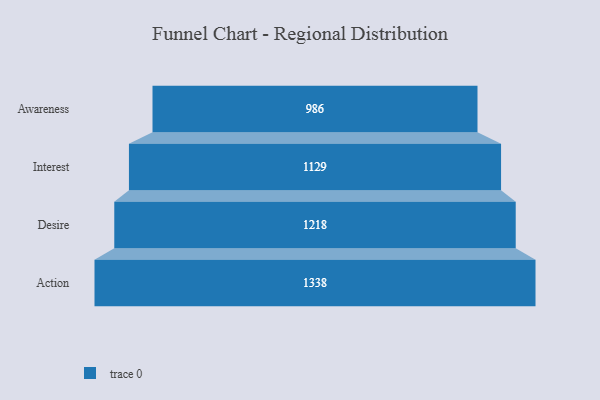
{"axis": {"x": "Stage", "y": "Value"}, "legend": [""], "data": [{"x": "Awareness", "y": 986.0, "type": ""}, {"x": "Interest", "y": 1129.0, "type": ""}, {"x": "Desire", "y": 1218.0, "type": ""}, {"x": "Action", "y": 1338.0, "type": ""}]}